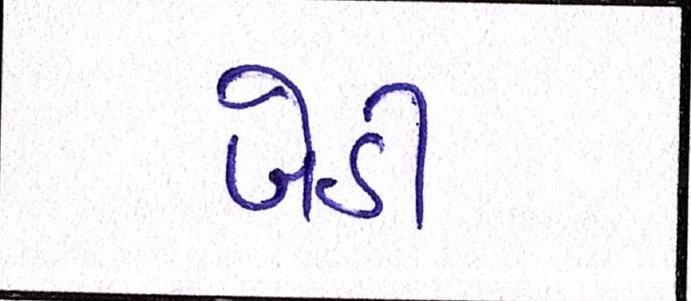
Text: બેઠી